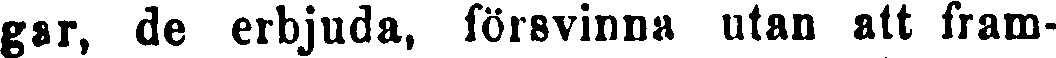
gar, de erbjuda, försvinna utan att fram-